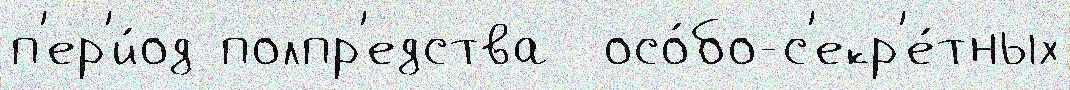
п'ер'и́од полпр'едства  осо́бо-с'екр'е́тных